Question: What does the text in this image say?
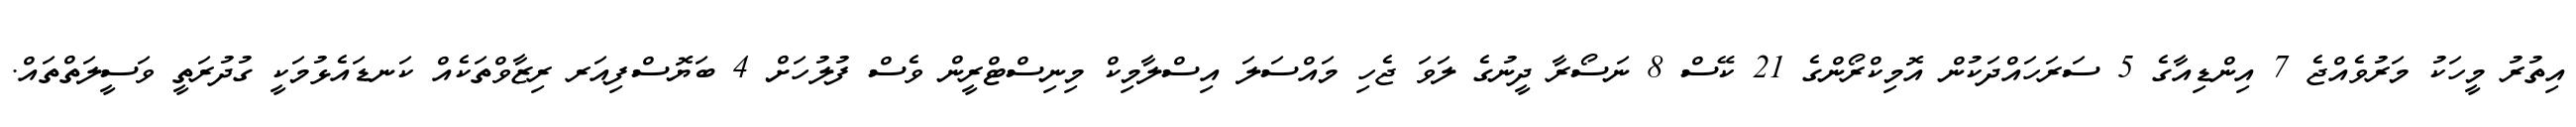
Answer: އިތުރު މީހަކު މަރުވެއްޖެ 7 އިންޑިއާގެ 5 ސަރަހައްދަކުން އޮމިކްރޯންގެ 21 ކޭސް 8 ނަސޯރާ ދީނުގެ ލަވަ ޖެހި މައްސަލަ އިސްލާމިކް މިނިސްޓްރީން ވެސް ފުލުހަށް 4 ބަޔޮސްފިއަރ ރިޒާވްތަކެއް ކަނޑައެޅުމަކީ ގުދުރަތީ ވަސީލަތްތައް.